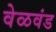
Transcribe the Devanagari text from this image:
वेळवंड